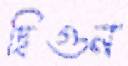
দ্বিগুন